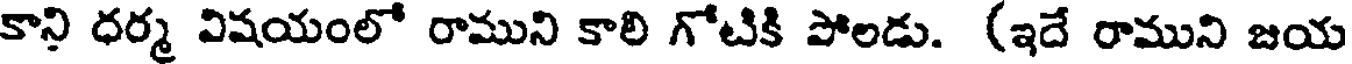
కాని ధర్మ విషయంలో రాముని కాలి గోటికి పోలడు. (ఇదే రాముని జయ